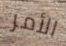
الأمر